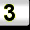
Digit: 3